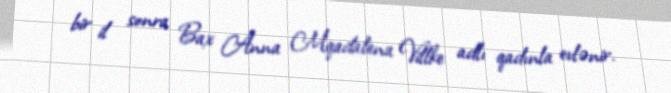
bir il sonra Bax Anna Mqadalena Villke adlı qadınla evlənir.